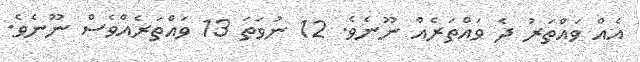
އެއް ވައްތަރު ދެ ވައްތަރެއް ނޫނެވެ. 12 ނުވަތަ 13 ވައްތަރެއްވެސް ނޫނެވެ.